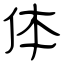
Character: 体